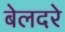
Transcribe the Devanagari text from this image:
बेलदरे